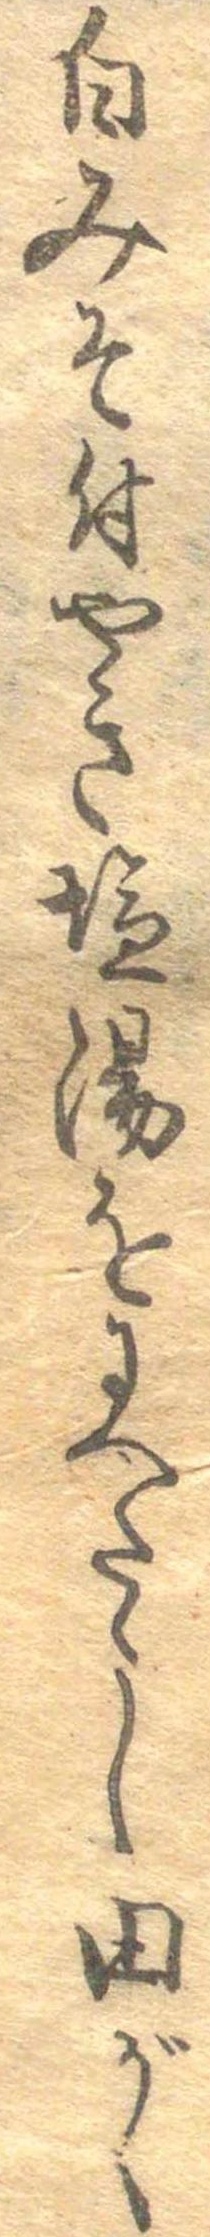
白みそ付やき塩湯をにへたゝし田がく